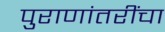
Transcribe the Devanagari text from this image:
पुराणांतरींचा